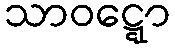
သာဝဋ္ဋော